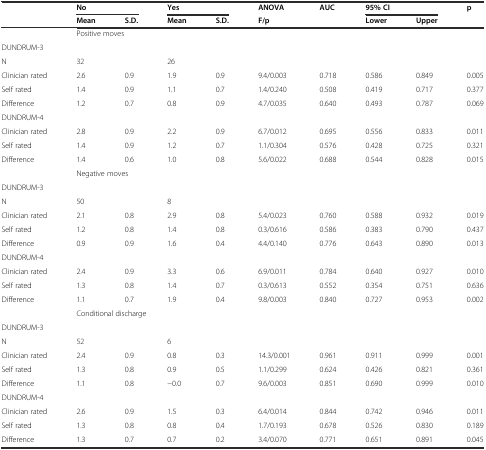
<table><thead><tr><td></td><td colspan="2"><b>No</b></td><td colspan="2"><b>Yes</b></td><td><b>ANOVA</b></td><td><b>AUC</b></td><td colspan="2"><b>95% CI</b></td><td><b>p</b></td></tr><tr><td></td><td><b>Mean</b></td><td><b>S.D.</b></td><td><b>Mean</b></td><td><b>S.D.</b></td><td><b>F/p</b></td><td></td><td><b>Lower</b></td><td><b>Upper</b></td><td></td></tr></thead><tbody><tr><td></td><td colspan="9">Positive moves</td></tr><tr><td colspan="10">DUNDRUM-3</td></tr><tr><td>N</td><td>32</td><td></td><td>26</td><td></td><td></td><td></td><td></td><td></td><td></td></tr><tr><td>Clinician rated</td><td>2.6</td><td>0.9</td><td>1.9</td><td>0.9</td><td>9.4/0.003</td><td>0.718</td><td>0.586</td><td>0.849</td><td>0.005</td></tr><tr><td>Self rated</td><td>1.4</td><td>0.9</td><td>1.1</td><td>0.7</td><td>1.4/0.240</td><td>0.508</td><td>0.419</td><td>0.717</td><td>0.377</td></tr><tr><td>Difference</td><td>1.2</td><td>0.7</td><td>0.8</td><td>0.9</td><td>4.7/0.035</td><td>0.640</td><td>0.493</td><td>0.787</td><td>0.069</td></tr><tr><td colspan="10">DUNDRUM-4</td></tr><tr><td>Clinician rated</td><td>2.8</td><td>0.9</td><td>2.2</td><td>0.9</td><td>6.7/0.012</td><td>0.695</td><td>0.556</td><td>0.833</td><td>0.011</td></tr><tr><td>Self rated</td><td>1.4</td><td>0.9</td><td>1.2</td><td>0.7</td><td>1.1/0.304</td><td>0.576</td><td>0.428</td><td>0.725</td><td>0.321</td></tr><tr><td>Difference</td><td>1.4</td><td>0.6</td><td>1.0</td><td>0.8</td><td>5.6/0.022</td><td>0.688</td><td>0.544</td><td>0.828</td><td>0.015</td></tr><tr><td></td><td colspan="9">Negative moves</td></tr><tr><td colspan="10">DUNDRUM-3</td></tr><tr><td>N</td><td>50</td><td></td><td>8</td><td></td><td></td><td></td><td></td><td></td><td></td></tr><tr><td>Clinician rated</td><td>2.1</td><td>0.8</td><td>2.9</td><td>0.8</td><td>5.4/0.023</td><td>0.760</td><td>0.588</td><td>0.932</td><td>0.019</td></tr><tr><td>Self rated</td><td>1.2</td><td>0.8</td><td>1.4</td><td>0.8</td><td>0.3/0.616</td><td>0.586</td><td>0.383</td><td>0.790</td><td>0.437</td></tr><tr><td>Difference</td><td>0.9</td><td>0.9</td><td>1.6</td><td>0.4</td><td>4.4/0.140</td><td>0.776</td><td>0.643</td><td>0.890</td><td>0.013</td></tr><tr><td colspan="10">DUNDRUM-4</td></tr><tr><td>Clinician rated</td><td>2.4</td><td>0.9</td><td>3.3</td><td>0.6</td><td>6.9/0.011</td><td>0.784</td><td>0.640</td><td>0.927</td><td>0.010</td></tr><tr><td>Self rated</td><td>1.3</td><td>0.8</td><td>1.4</td><td>0.7</td><td>0.3/0.613</td><td>0.552</td><td>0.354</td><td>0.751</td><td>0.636</td></tr><tr><td>Difference</td><td>1.1</td><td>0.7</td><td>1.9</td><td>0.4</td><td>9.8/0.003</td><td>0.840</td><td>0.727</td><td>0.953</td><td>0.002</td></tr><tr><td></td><td colspan="9">Conditional discharge</td></tr><tr><td colspan="10">DUNDRUM-3</td></tr><tr><td>N</td><td>52</td><td></td><td>6</td><td></td><td></td><td></td><td></td><td></td><td></td></tr><tr><td>Clinician rated</td><td>2.4</td><td>0.9</td><td>0.8</td><td>0.3</td><td>14.3/0.001</td><td>0.961</td><td>0.911</td><td>0.999</td><td>0.001</td></tr><tr><td>Self rated</td><td>1.3</td><td>0.8</td><td>0.9</td><td>0.5</td><td>1.1/0.299</td><td>0.624</td><td>0.426</td><td>0.821</td><td>0.361</td></tr><tr><td>Difference</td><td>1.1</td><td>0.8</td><td>−0.0</td><td>0.7</td><td>9.6/0.003</td><td>0.851</td><td>0.690</td><td>0.999</td><td>0.010</td></tr><tr><td>DUNDRUM-4</td><td></td><td></td><td></td><td></td><td></td><td></td><td></td><td></td><td></td></tr><tr><td>Clinician rated</td><td>2.6</td><td>0.9</td><td>1.5</td><td>0.3</td><td>6.4/0.014</td><td>0.844</td><td>0.742</td><td>0.946</td><td>0.011</td></tr><tr><td>Self rated</td><td>1.3</td><td>0.8</td><td>0.8</td><td>0.4</td><td>1.7/0.193</td><td>0.678</td><td>0.526</td><td>0.830</td><td>0.189</td></tr><tr><td>Difference</td><td>1.3</td><td>0.7</td><td>0.7</td><td>0.2</td><td>3.4/0.070</td><td>0.771</td><td>0.651</td><td>0.891</td><td>0.045</td></tr></tbody></table>